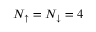
N _ { \uparrow } = N _ { \downarrow } = 4